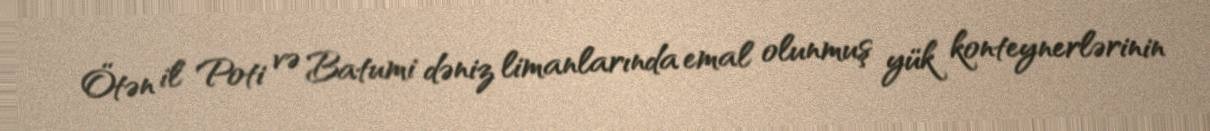
Ötən il Poti və Batumi dəniz limanlarında emal olunmuş yük konteynerlərinin